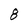
Character: 8